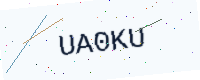
Text: UA0KU